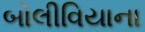
બોલીવિયાના